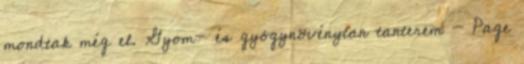
mondtak még el. Gyom- és gyógynövénytan tanterem - Page